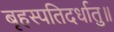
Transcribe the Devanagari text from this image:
बृहस्पतिदर्धातु॥